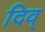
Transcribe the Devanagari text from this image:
दिव्‌